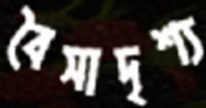
বৈসাদৃশ্য